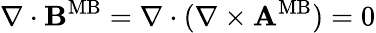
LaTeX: \nabla\cdot{\mathbf B}^{\mathrm{MB}}=\nabla\cdot(\nabla\times{\mathbf A}^{\mathrm{MB}})=0